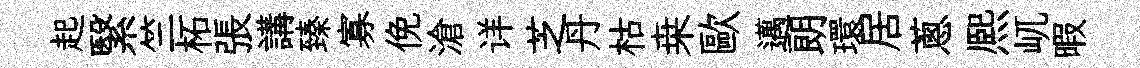
起繄竺柘張講臻寡俛滄详芝丹枯桒歐邁朗環居蔥熈屼暇